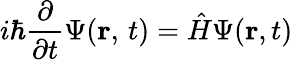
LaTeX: i\hbar{\frac{\partial}{\partial t}}\Psi(\mathbf{r},\, t)={\hat{H}}\Psi(\mathbf{r},t)\,